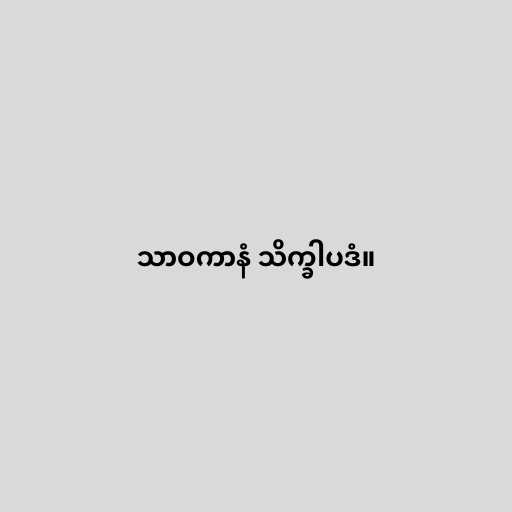
သာဝကာနံ သိက္ခါပဒံ။